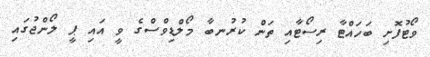
ވޯޓުފޮށި ބަހައްޓާ ރިސޯޓާއި ތަން ކުރުނބާ މޯލްޑިވްސްގެ ވީ އައި ޕީ ލޯންޖުގައި